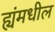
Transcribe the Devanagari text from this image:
ह्यंमधील